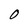
Character: O